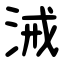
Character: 㳦